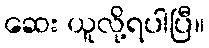
ဆေး ယူလို့ရပါပြီ။